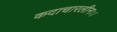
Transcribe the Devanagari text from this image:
कदाचारलीनः।